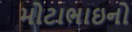
મોટાભાઇનો